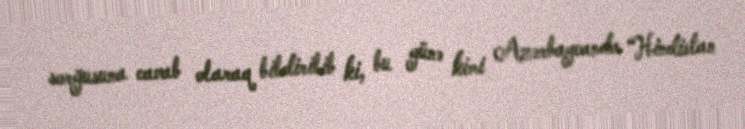
sorğusuna cavab olaraq bildirilib ki, bu günə kimi Azərbaycanda “Hindistan